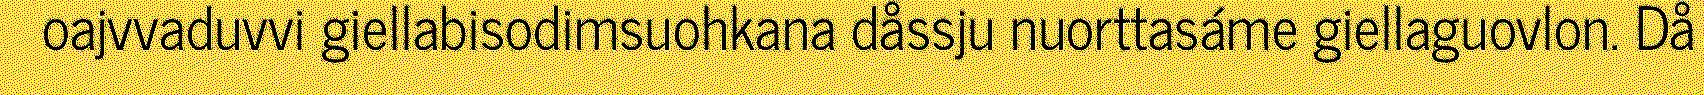
oajvvaduvvi giellabisodimsuohkana dåssju nuorttasáme giellaguovlon. Då